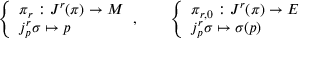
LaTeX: { \left\{ \begin{array} { l l } { \pi _ { r } : J ^ { r } ( \pi ) \to M } \\ { j _ { p } ^ { r } \sigma \mapsto p } \end{array} \right. } , \qquad { \left\{ \begin{array} { l l } { \pi _ { r , 0 } : J ^ { r } ( \pi ) \to E } \\ { j _ { p } ^ { r } \sigma \mapsto \sigma ( p ) } \end{array} \right. }